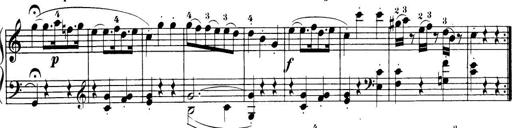
Title: 32 Sonatinas and Rondos for the Piano
Composer: Richard Kleinmichel